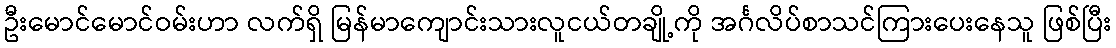
ဦးမောင်မောင်ဝမ်းဟာ လက်ရှိ မြန်မာကျောင်းသားလူငယ်တချို့ကို အင်္ဂလိပ်စာသင်ကြားပေးနေသူ ဖြစ်ပြီး